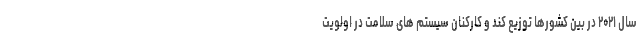
سال ۲۰۲۱ در بین کشورها توزیع کند و کارکنان سیستم های سلامت در اولویت